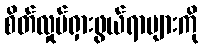
စိတ်လှုပ်ရှားဖွယ်ရာများကို